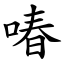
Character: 㖺